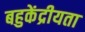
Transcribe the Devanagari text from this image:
बहुकेंद्रीयता